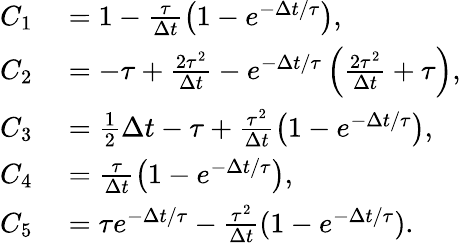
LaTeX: \begin{array}{rl}{C_{1}}&{{}=1-\frac{\tau}{\Delta t}\left(1-e^{-\Delta t/\tau}\right),}\\ {C_{2}}&{{}=-\tau+\frac{2\tau^{2}}{\Delta t}-e^{-\Delta t/\tau}\left(\frac{2\tau^{2}}{\Delta t}+\tau\right),}\\ {C_{3}}&{{}=\frac 12\Delta t-\tau+\frac{\tau^{2}}{\Delta t}\left(1-e^{-\Delta t/\tau}\right),}\\ {C_{4}}&{{}=\frac{\tau}{\Delta t}\left(1-e^{-\Delta t/\tau}\right),}\\ {C_{5}}&{{}=\tau e^{-\Delta t/\tau}-\frac{\tau^{2}}{\Delta t}(1-e^{-\Delta t/\tau}).}\end{array}